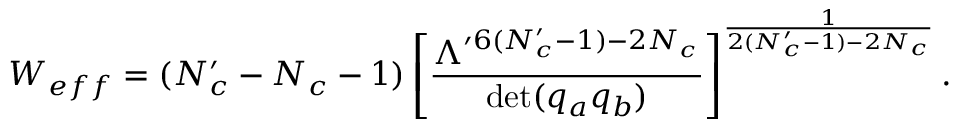
W _ { e f f } = ( N _ { c } ^ { \prime } - N _ { c } - 1 ) \left[ \frac { \Lambda ^ { \prime 6 ( N _ { c } ^ { \prime } - 1 ) - 2 N _ { c } } } { \operatorname * { d e t } ( q _ { a } q _ { b } ) } \right] ^ { \frac { 1 } { 2 ( N _ { c } ^ { \prime } - 1 ) - 2 N _ { c } } } .